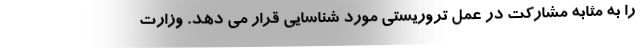
را به مثابه مشارکت در عمل تروریستی مورد شناسایی قرار می دهد. وزارت